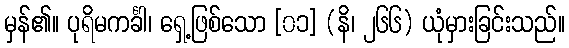
မှန်၏။ ပုရိမကင်္ခါ၊ ရှေ့ဖြစ်သော [၀၁] (နိ၊ ၂၆၆) ယုံမှားခြင်းသည်။